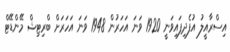
އިސްރާއީލު އުފެދިފައިވަނީ 1920 ވަނަ އަހަރުން 1948 ވަނަ އަހަރަށް ބްރިޓިޝް މޭންޑޭޓް